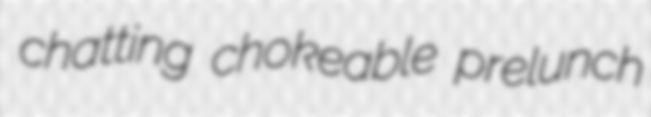
chatting chokeable prelunch